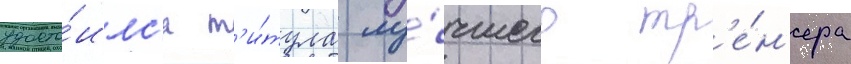
удосто́илс'я т'и́тула лу́чшего тр'е́н'ера